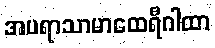
အပရာသာမာထေရီဂါထာ